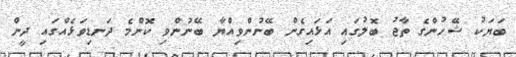
ބަޔަކު ޝޭހުންގެ ތާޖު ބޮލުގައި އަޅައިގެން ބޭނުންވިއްޔާ ބޭނުންވި ކޮންމެ ދަނޑިވަޅެއްގައި ދީން